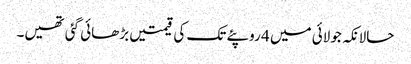
حالانکہ جولائی میں 4 روپئے تک کی قیمتیں بڑھائی گئی تھیں۔